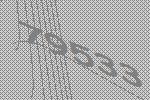
79533